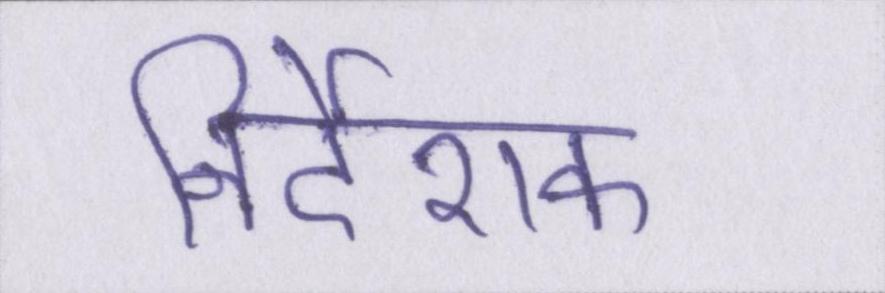
निर्देशक